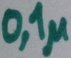
Text: 0,1µ